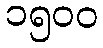
၁၅၀၀